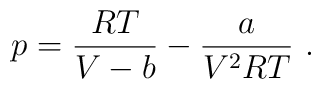
p={RT \over V-b}-{a \over V^2 RT}\ .